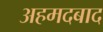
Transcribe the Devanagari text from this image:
अहमदबाद